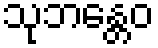
သုဘန္တေဝ